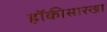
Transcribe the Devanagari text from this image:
हॉकीसारखा